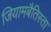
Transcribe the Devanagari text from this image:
जियामबैतिस्ता